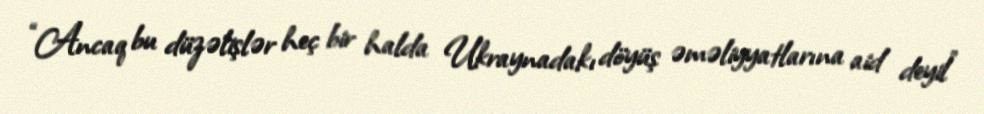
“Ancaq bu düzəlişlər heç bir halda Ukraynadakı döyüş əməliyyatlarına aid deyil”